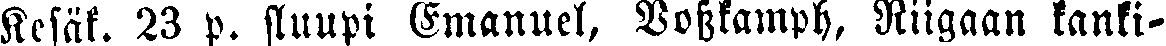
Kesäk. 23 p. sluupi Emanuel, Vosskamph, Riigaan kanki-